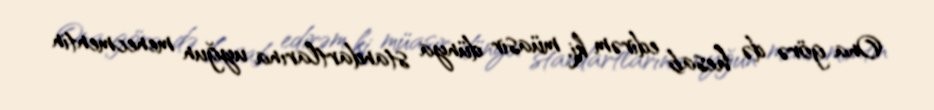
Ona görə də hesab edirəm ki, müasir dünya standartlarına uyğun menecmentin